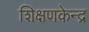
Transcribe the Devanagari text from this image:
शिक्षणकेन्द्र